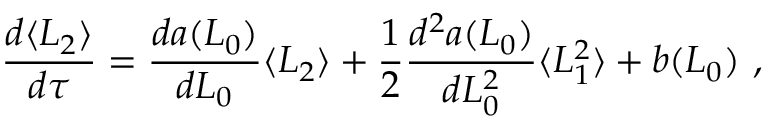
\frac { d \langle L _ { 2 } \rangle } { d \tau } = \frac { d a ( L _ { 0 } ) } { d L _ { 0 } } \langle L _ { 2 } \rangle + \frac { 1 } { 2 } \frac { d ^ { 2 } a ( L _ { 0 } ) } { d L _ { 0 } ^ { 2 } } \langle L _ { 1 } ^ { 2 } \rangle + b ( L _ { 0 } ) \ ,